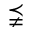
\precneqq